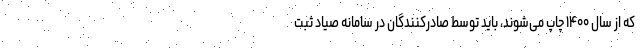
که از سال ۱۴۰۰ چاپ می‌شوند، باید توسط صادرکنندگان در سامانه صیاد ثبت